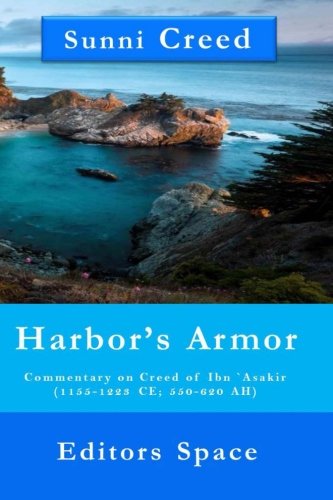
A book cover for Harbor's Armor: Commentary on Creed of Ibn `Asakir (1155-1223; 550-620 AH); Editors Space; Religion & Spirituality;